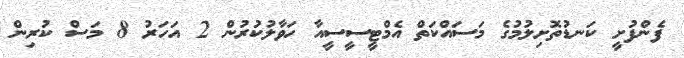
ފެންފުށީ ކަނޑުތޮށިލުމުގެ މަސައްކަތް އެމްޓީސީސީއާ ހަވާލުކުރުން 2 އަހަރު 8 މަސް ކުރިން